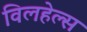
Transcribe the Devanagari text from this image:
विलहेल्स